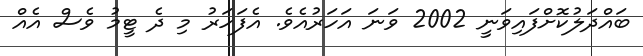
ބައްދަލުކޮށްފައިވަނީ 2002 ވަނަ އަހަރުއެވެ. އެފަހަރު މި ދެ ޓީމު ވެސް އެއް